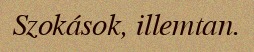
Szokások, illemtan.